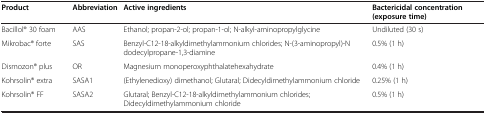
| Product | Abbreviation | Active ingredients | Bactericidal concentration (exposure time) |
 | --- | --- | --- | --- |
 | Bacillol® 30 foam | AAS | Ethanol; propan-2-ol; propan-1-ol; N-alkyl-aminopropylglycine | Undiluted (30 s) |
 | Mikrobac® forte | SAS | Benzyl-C12-18-alkyldimethylammonium chlorides; N-(3-aminopropyl)-N dodecylpropane-1,3-diamine | 0.5% (1 h) |
 | Dismozon® plus | OR | Magnesium monoperoxyphthalatehexahydrate | 0.4% (1 h) |
 | Kohrsolin® extra | SASA1 | (Ethylenedioxy) dimethanol; Glutaral; Didecyldimethylammonium chloride | 0.25% (1 h) |
 | Kohrsolin® FF | SASA2 | Glutaral; Benzyl-C12-18-alkyldimethylammonium chlorides; Didecyldimethylammonium chloride | 0.5% (1 h) |